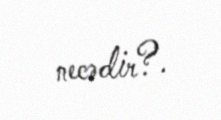
necədir?.